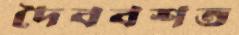
দৈববশত